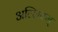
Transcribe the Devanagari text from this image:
अल्लियम्